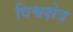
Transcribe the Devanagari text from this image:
विश्वक्षेत्र